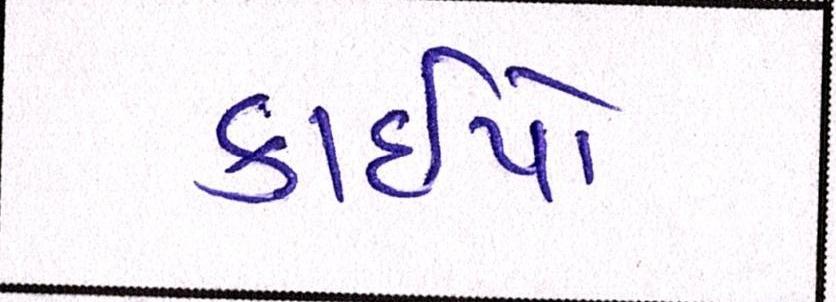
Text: કાઇપો